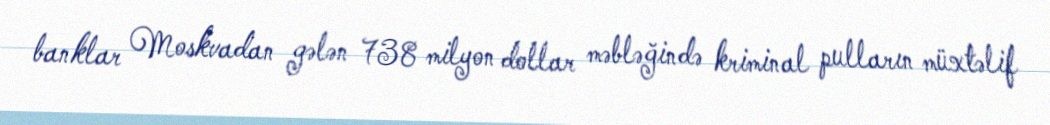
banklar Moskvadan gələn 738 milyon dollar məbləğində kriminal pulların müxtəlif